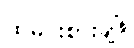
ထမင်းစားချိန်